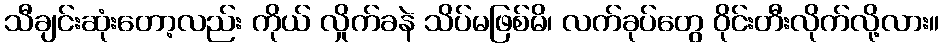
သီချင်းဆုံးတော့လည်း ကိုယ် လှိုက်ခနဲ သိပ်မဖြစ်မိ၊ လက်ခုပ်တွေ ဝိုင်းတီးလိုက်လို့လား။